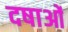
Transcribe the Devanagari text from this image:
दषाओं